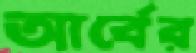
আর্বের